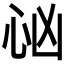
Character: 𢗮